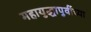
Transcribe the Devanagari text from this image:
महायुद्धापुर्वीच्या